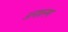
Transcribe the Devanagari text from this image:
अनावनण